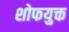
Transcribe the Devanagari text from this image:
शोफयुक्त